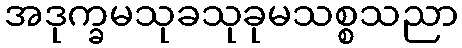
အဒုက္ခမသုခသုခုမသစ္စသညာ